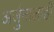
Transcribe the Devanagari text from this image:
अर्जुनालाही